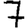
Digit: 7